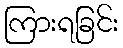
ကြားရခြင်း